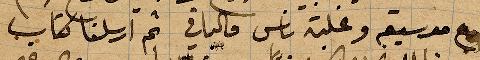
موسيقى وغلبة ناس فالباقي ثم ارسلنا كتاب